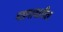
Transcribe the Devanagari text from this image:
मडगावातील